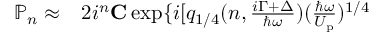
\begin{array} { r l } { \mathbb { P } _ { n } \approx } & { { } 2 i ^ { n } { \bf C } \exp \{ i [ q _ { 1 / 4 } ( n , \frac { i \Gamma + \Delta } { \hbar \omega } ) ( \frac { \hbar \omega } { U _ { \mathrm { p } } } ) ^ { 1 / 4 } } \end{array}